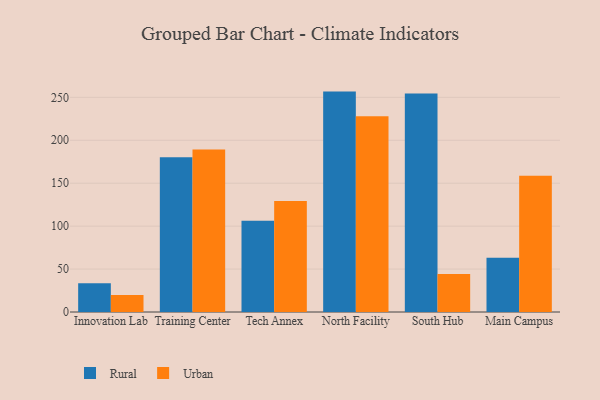
{"axis": {"x": "Campus", "y": "Tickets Resolved"}, "legend": ["Rural", "Urban"], "data": [{"x": "Innovation Lab", "y": 33.4, "type": "Rural"}, {"x": "Innovation Lab", "y": 19.9, "type": "Urban"}, {"x": "Training Center", "y": 180.3, "type": "Rural"}, {"x": "Training Center", "y": 189.4, "type": "Urban"}, {"x": "Tech Annex", "y": 106.2, "type": "Rural"}, {"x": "Tech Annex", "y": 129.4, "type": "Urban"}, {"x": "North Facility", "y": 256.7, "type": "Rural"}, {"x": "North Facility", "y": 228.0, "type": "Urban"}, {"x": "South Hub", "y": 254.6, "type": "Rural"}, {"x": "South Hub", "y": 44.2, "type": "Urban"}, {"x": "Main Campus", "y": 63.1, "type": "Rural"}, {"x": "Main Campus", "y": 158.7, "type": "Urban"}]}